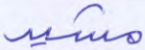
مشيد